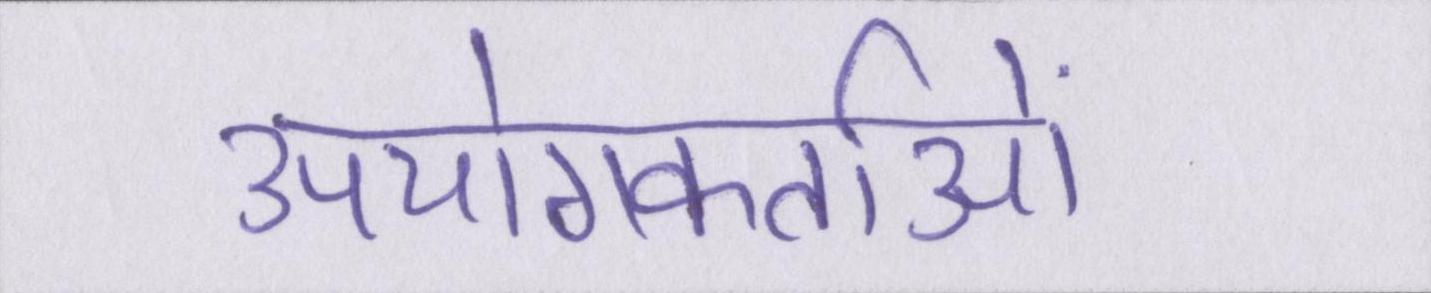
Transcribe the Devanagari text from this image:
उपयोगकर्ताओं